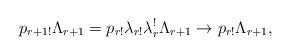
LaTeX: \begin{align*}p_{r+1!}\Lambda_{r+1}=p_{r!}\lambda_{r!}\lambda_r^{!}\Lambda_{r+1}\to p_{r!}\Lambda_{r+1},\end{align*}